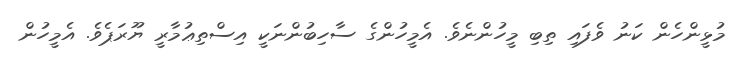
މުޅީންހެން ކަނު ވެފައި ތިބި މީހުންނެވެ. އެމީހުންގެ ސާހިބުންނަކީ އިސްތިޢުމާރީ ޔޫރަޕެވެ. އެމީހުން